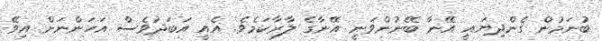
ބުނަމުން ގެންދިޔައީ އޭނާ ބޭނުންވަނީ އޭނާގެ ލާރާކަމެވެ. އެއީ އަބަދުވެސް އަހަންނަށް އިވޭ